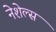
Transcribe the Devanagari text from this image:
नेशेल्स